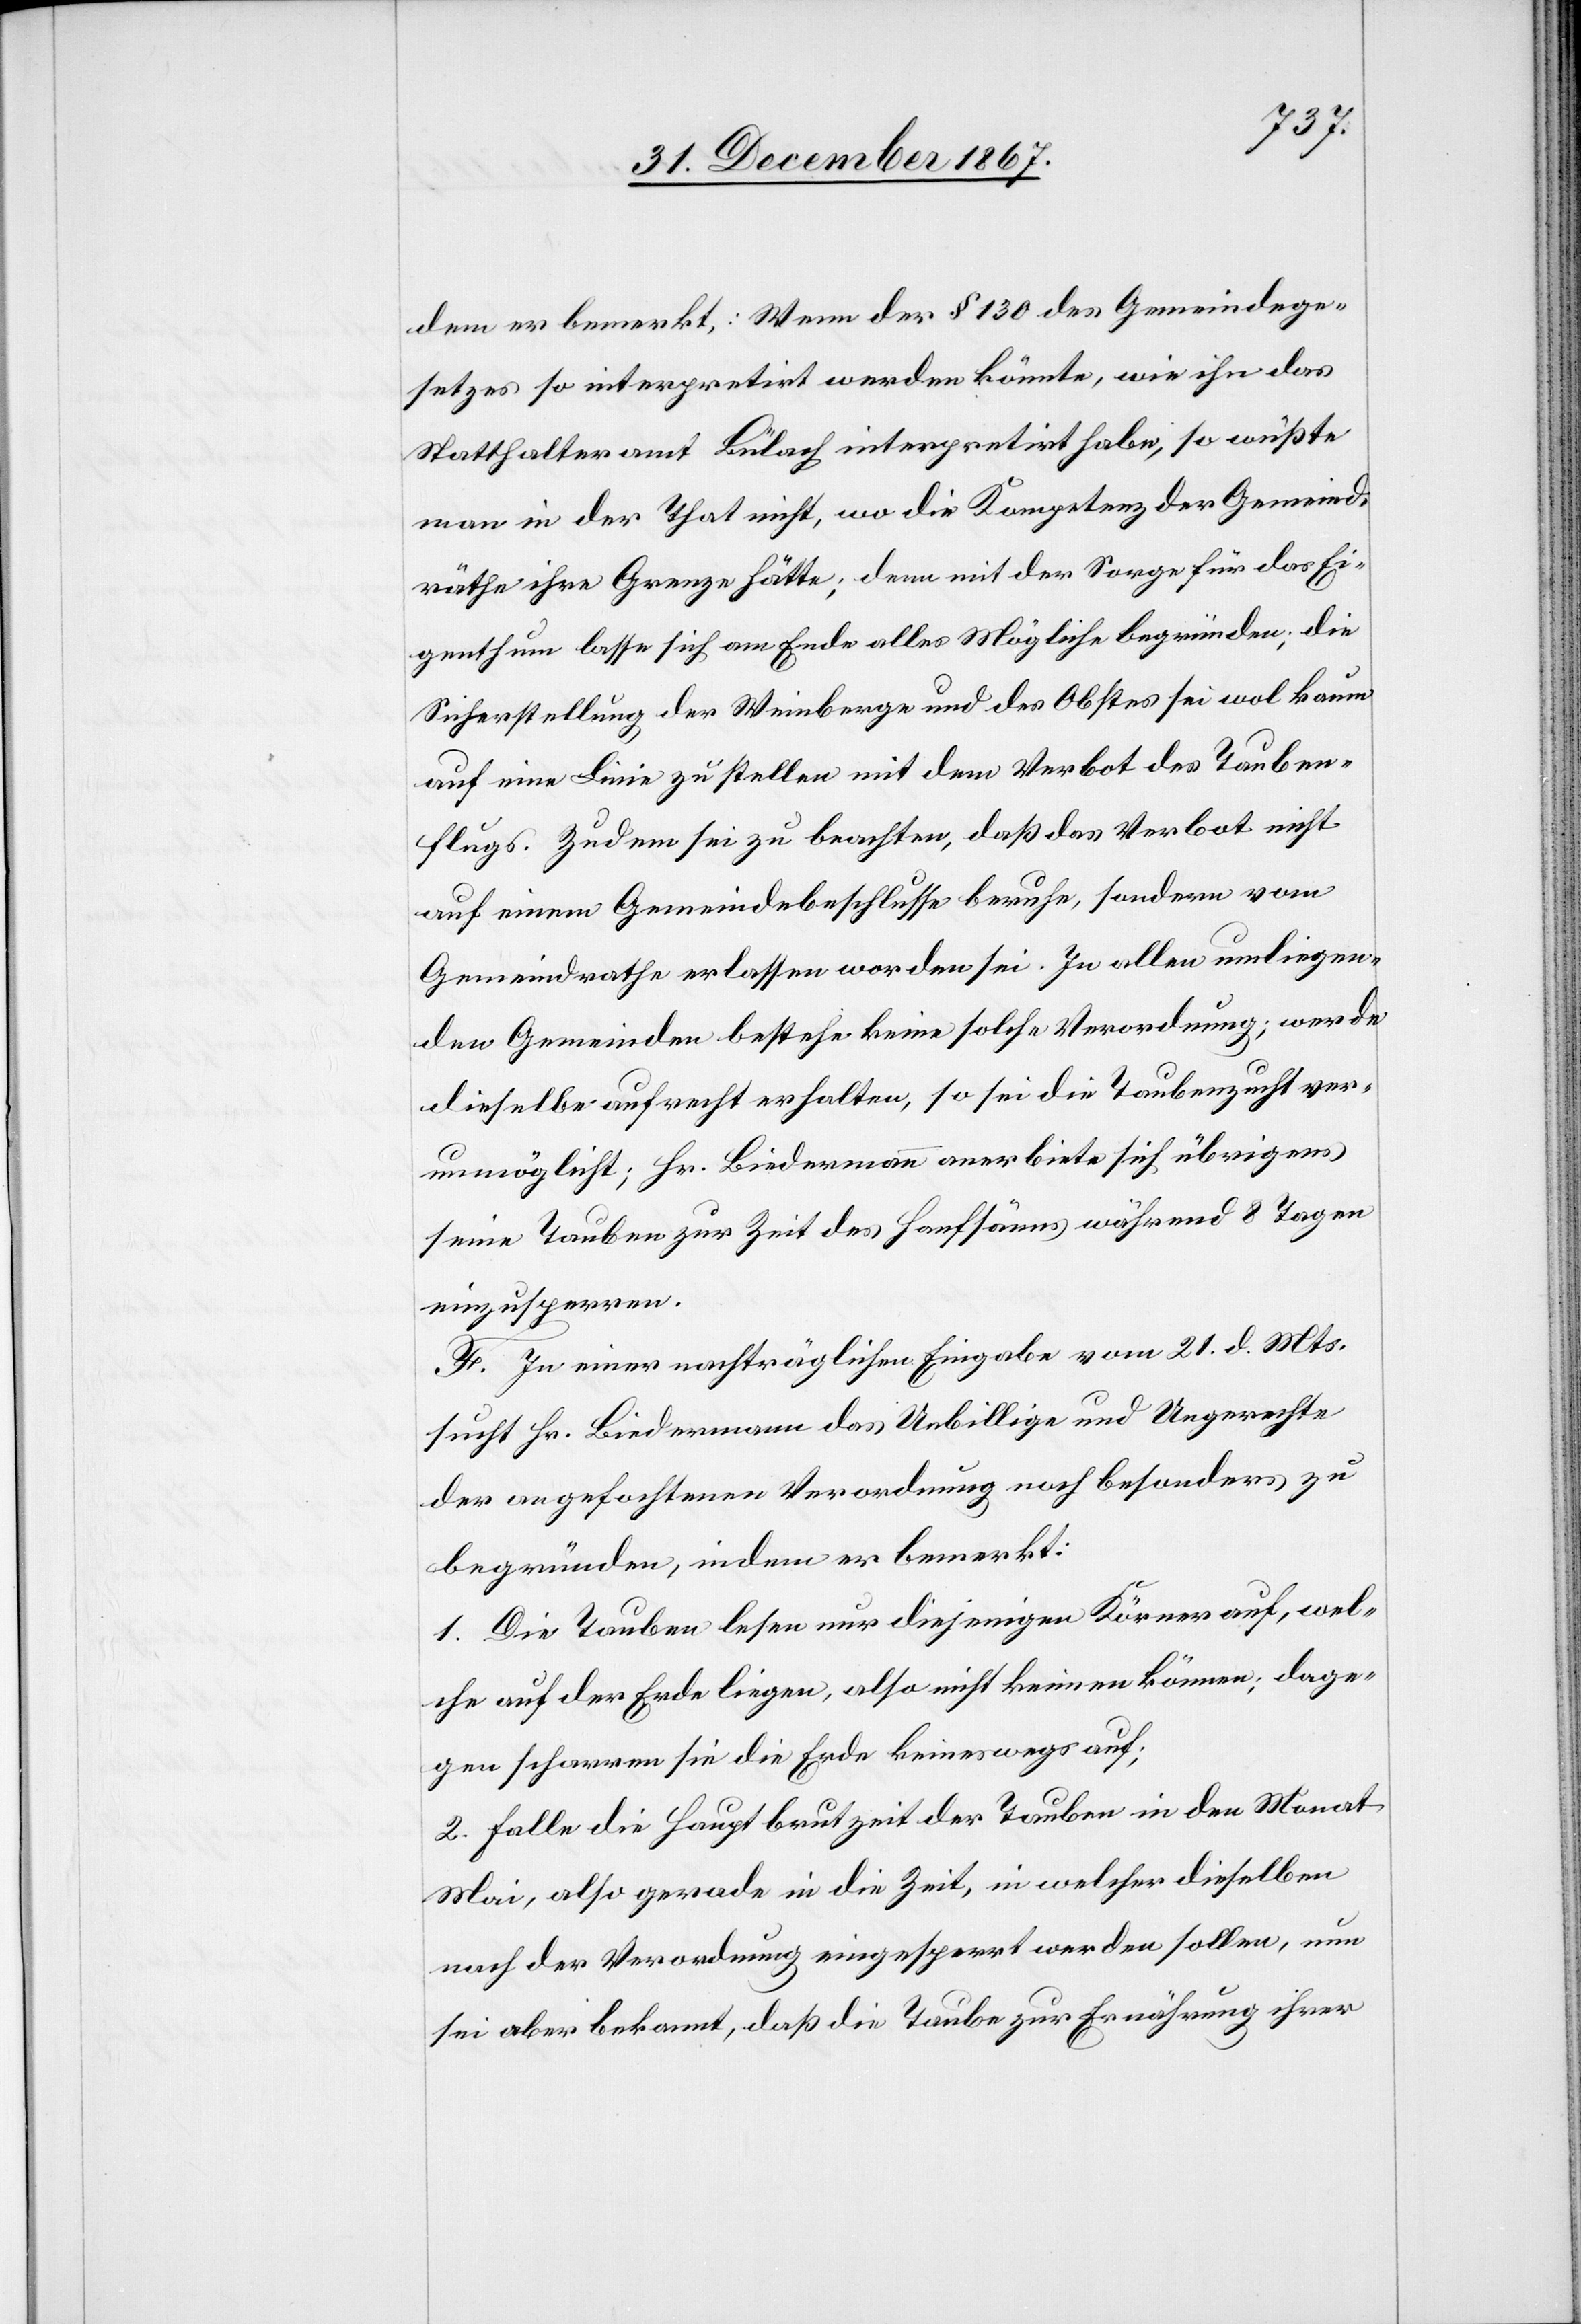
dem er bemerkt: Wenn der § 130 des Gemeindege¬
setzes so interpretirt werden könnte, wie ihn das
Statthalteramt Bülach interpretirt habe, so wüßte
man in der That nicht, wo die Kompetenz der Gemeind¬
räthe ihre Grenz hätte; denn mit der Sorge für das Ei¬
genthum lasse sich am Ende alles Mögliche begründen; die
Sicherstellung der Weinberge und des Obstes sei wol kaum
auf eine Linie zu stellen mit dem Verbot des Tauben¬
flugs. Zudem sei zu beachten, daß das Verbot nicht
auf einem Gemeindebeschlusse beruhe, sondern vom
Gemeindrathe erlassen worden sei. In allen umliegen¬
den Gemeinden bestehe keine solche Verordnung; werde
dieselbe aufrecht erhalten, so sei die Taubenzucht ver¬
unmöglicht; Hr. Biedermann anerbiete sich übrigens
seine Tauben zur Zeit des Hanfsäens während 8 Tagen
einzusperren.
F. In einer nachträglichen Eingabe vom 21. d. Mts.
sucht Hr. Biedermann das Unbillige und Ungerechte
der angefochtenen Verordnung noch besonders zu
begründen, indem er bemerkt:
1. Die Tauben lesen nur diejenigen Körner auf, wel¬
che auf der Erde liegen, also nicht keimen können; dage¬
gen scharren sie die Erde keineswegs auf;
2. Falle die Hauptbrutzeit der Tauben in den Monat
Mai, also gerade in die Zeit, in welcher dieselben
nach der Verordnung eingesperrt werden sollen, nun
sei aber bekannt, daß die Taube zur Ernährung ihrer